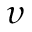
\upsilon